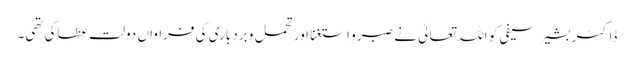
ڈاکٹر بشیر سیفی کو اللہ تعالیٰ نے صبر و استغنا اور تحمل و بردباری کی فراواں دولت عطا کی تھی۔